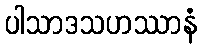
ပါသာဒသဟဿာနံ